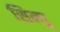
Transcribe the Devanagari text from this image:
सिन्घु